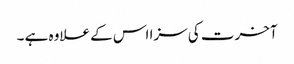
آخرت کی سزا اس کے علاوہ ہے ۔